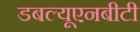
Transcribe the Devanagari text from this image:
डबल्यूएनबीटी